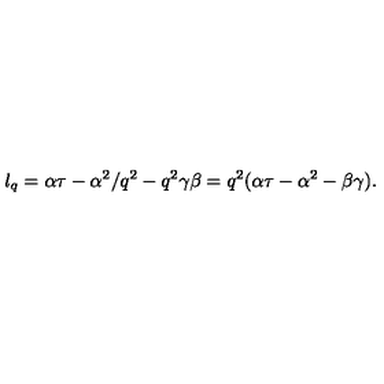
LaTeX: l _ { q } = \alpha \tau - \alpha ^ { 2 } / q ^ { 2 } - q ^ { 2 } \gamma \beta = q ^ { 2 } ( \alpha \tau - \alpha ^ { 2 } - \beta \gamma ) .